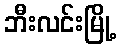
ဘီးလင်းမြို့